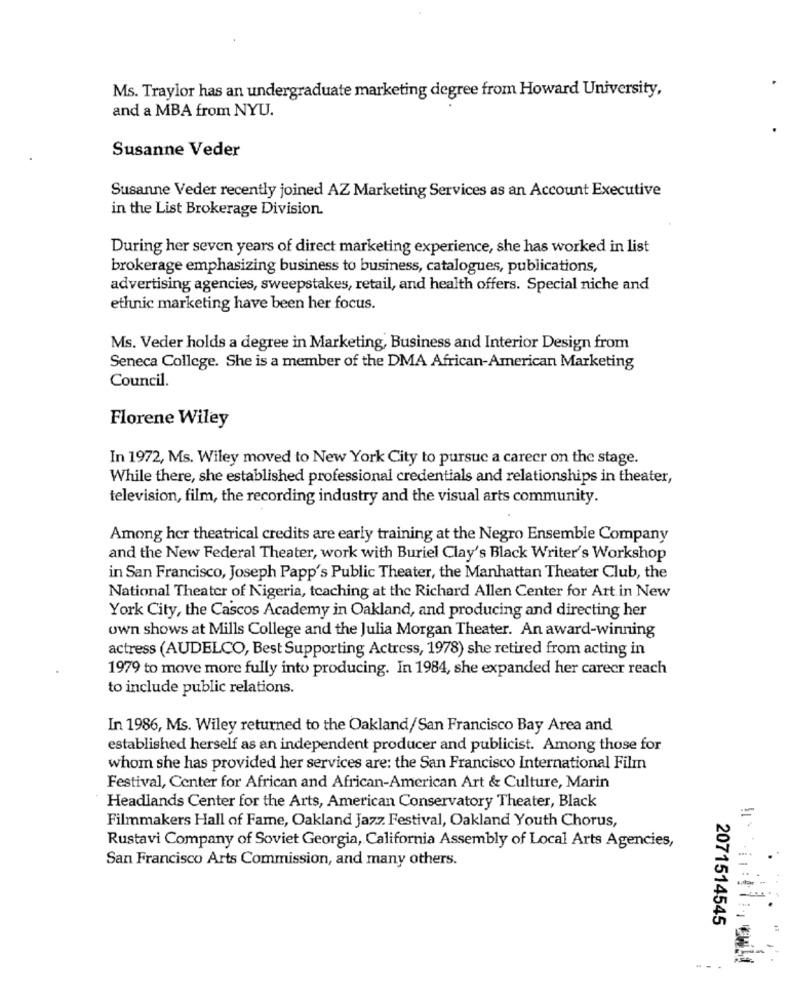
Ms. Traylor has an undergraduate marketing degree from Howard University,
and a MBA from NYU.
Susanne Veder
Susanne Veder recently joined AZ Marketing Services as an Account Executive
in the List Brokerage Division.
During her seven years of direct marketing experience, she has worked in list
brokerage emphasizing business to business, catalogues, publications,
advertising agencies, sweepstakes, retail, and health offers. Special niche and
ethnic marketing have been her focus.
Ms. Veder holds a degree in Marketing, Business and Interior Design from
Seneca College. She is a member of the DMA African-American Marketing
Council.
Florene Wiley
In 1972, Ms. Wiley moved to New York City to pursue a career on the stage.
While there, she established professional credentials and relationships in theater,
television, film, the recording industry and the visual arts community.
Among her theatrical credits are early training at the Negro Ensemble Company
and the New Federal Theater, work with Buriel Clay's Black Writer's Workshop
in San Francisco, Joseph Papp's Public Theater, the Manhattan Theater Club, the
National Theater of Nigeria, teaching at the Richard Allen Center for Art in New
York City, the Cascos Academy in Oakland, and producing and directing her
own shows at Mills College and the Julia Morgan Theater. An award-winning
actress (AUDELCO, Best Supporting Actress, 1978) she retired from acting in
1979 to move more fully into producing. In 1984, she expanded her career reach
to include public relations.
In 1986, Ms. Wiley returned to the Oakland/San Francisco Bay Area and
established herself as an independent producer and publicist. Among those for
whom she has provided her services are: the San Francisco International Film
Festival, Center for African and African-American Art & Culture, Marin
Headlands Center for the Arts, American Conservatory Theater, Black
Filmmakers Hall of Fame, Oakland Jazz Festival, Oakland Youth Chorus,
=
Rustavi Company of Soviet Georgia, California Assembly of Local Arts Agencies,
San Francisco Arts Commission, and many others.
2071514545